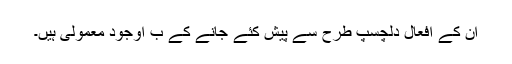
ان کے افعال دلچسپ طرح سے پیش کئے جانے کے ب اوجود معمولی ہیں۔